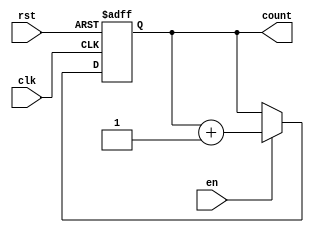
module binary_up_counter (
    input wire clk,       // Clock input
    input wire rst,       // Asynchronous reset
    input wire en,        // Enable signal
    output reg [n-1:0] count // Counter value (n-bit)
);
    parameter n = 3; // Define the width of the counter (3 bits in this case)

    // Asynchronous reset and counting logic
    always @(posedge clk or posedge rst) begin
        if (rst) begin
            count <= 0; // Reset the counter to 0
        end else if (en) begin
            count <= count + 1; // Increment the counter
        end
    end

endmodule